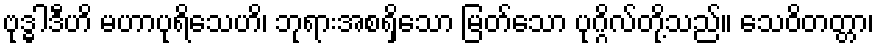
ဗုဒ္ဓါဒီဟိ မဟာပုရိသေဟိ၊ ဘုရားအစရှိသော မြတ်သော ပုဂ္ဂိလ်တို့သည်။ သေဝိတတ္တာ၊